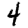
Digit: 4